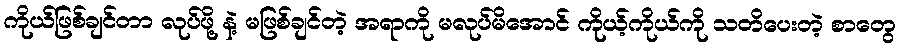
ကိုယ်ဖြစ်ချင်တာ လုပ်ဖို့ နဲ့ မဖြစ်ချင်တဲ့ အရာကို မလုပ်မိအောင် ကိုယ့်ကိုယ်ကို သတိပေးတဲ့ စာတွေ